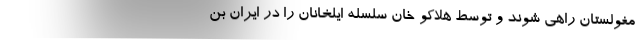
مغولستان راهی شوند و توسط هلاکو خان سلسله ایلخانان را در ایران بن